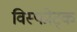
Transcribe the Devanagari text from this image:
विस्फोट्क